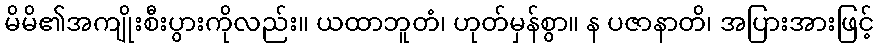
မိမိ၏အကျိုးစီးပွားကိုလည်း။ ယထာဘူတံ၊ ဟုတ်မှန်စွာ။ န ပဇာနာတိ၊ အပြားအားဖြင့်